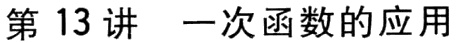
第13讲 一次函数的应用